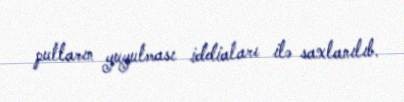
pulların yuyulması iddiaları ilə saxlanılıb.